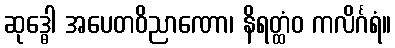
ဆုဒ္ဓေါ အပေတဝိညာဏော၊ နိရတ္ထံဝ ကလိင်္ဂရံ။